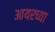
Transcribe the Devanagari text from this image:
आयरच्या